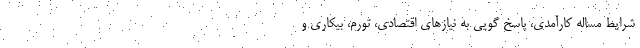
شرایط مساله کارآمدی، پاسخ گویی به نیازهای اقتصادی، تورم، بیکاری و